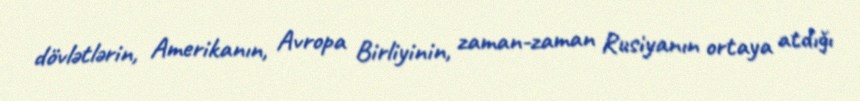
dövlətlərin, Amerikanın, Avropa Birliyinin, zaman-zaman Rusiyanın ortaya atdığı